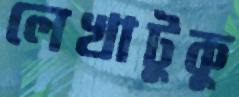
লেখাটুকু